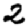
Digit: 2